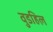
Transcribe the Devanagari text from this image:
वुडहिल